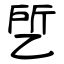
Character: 乺